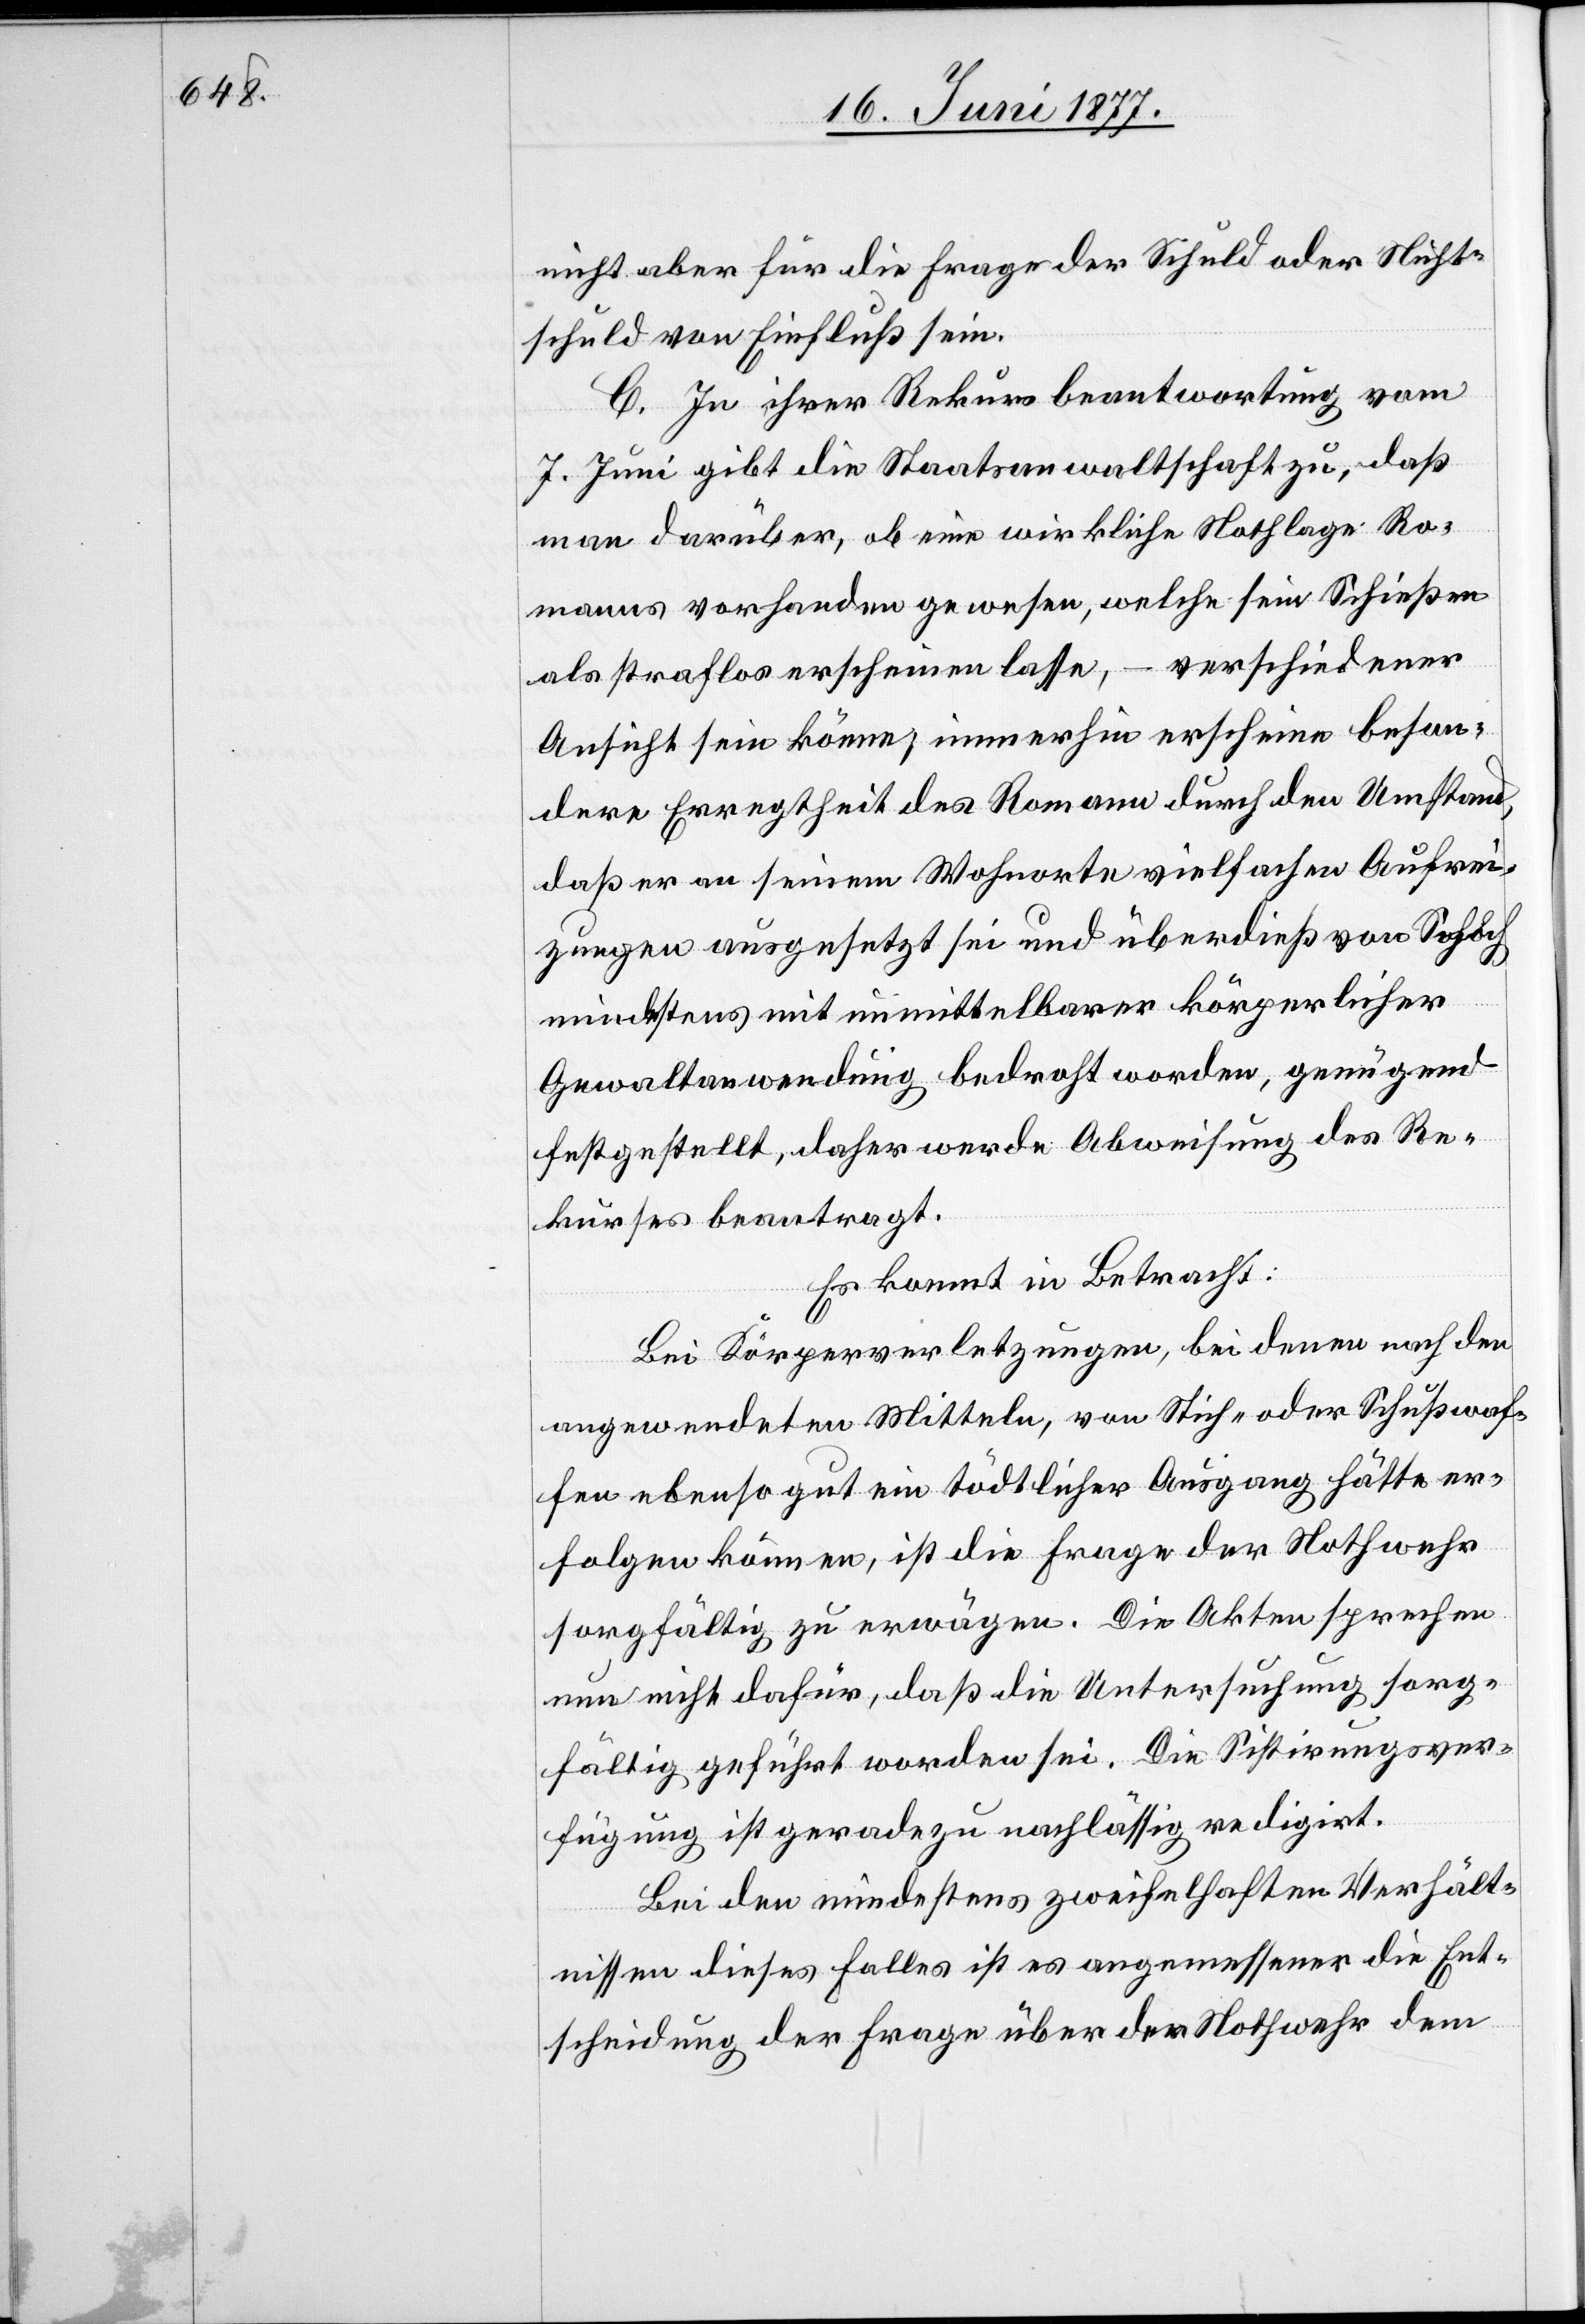
nicht aber für die Frage der Schuld oder Nicht¬
schuld von Einfluß sein.
C. In ihrer Rekursbeantwortung vom
7. Juni gibt die Staatsanwaltschaft zu, daß
man darüber, ob eine wirkliche Nothlage Ro¬
manns vorhanden gewesen, welche sein Schießen
als straflos erscheinen lasse, – verschiedener
Ansicht sein könne; immerhin erscheine beson¬
dere Erregtheit des Romann durch den Umstand,
daß er an seinem Wohnorte vielfachen Aufrei¬
zungen ausgesetzt sei und überdieß von Schoch
mindestens mit unmittelbarer körperlicher
Gewaltanwendung bedroht worden, genügend
festgestellt, daher werde Abweisung des Re¬
kurses beantragt.
Es kommt in Betracht:
Bei Körperverletzungen, bei denen nach den
angewendeten Mitteln, von Stich- oder Schußwaf¬
fen ebenso gut ein tödtlicher Ausgang hätte er¬
folgen können, ist die Frage der Nothwehr
sorgfältig zu erwägen. Die Akten sprechen
nun nicht dafür, daß die Untersuchung sorg¬
fältig geführt worden sei. Die Sistirungsver¬
fügung ist geradezu nachlässig redigirt.
Bei den mindestens zweifelhaften Verhält¬
nissen dieses Falles ist es angemessener die Ent¬
scheidung der Frage über die Nothwehr dem